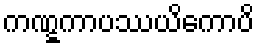
ကဏ္ဋကာပဿယိကောပိ